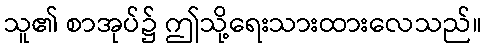
သူ၏ စာအုပ်၌ ဤသို့ရေးသားထားလေသည်။